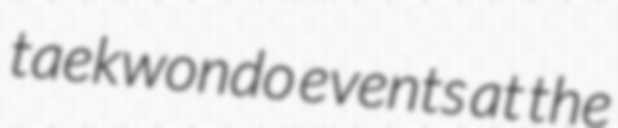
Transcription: taekwondo events at the